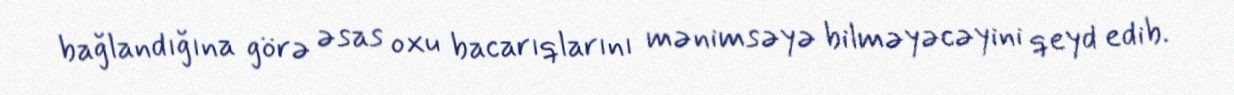
bağlandığına görə əsas oxu bacarıqlarını mənimsəyə bilməyəcəyini qeyd edib.